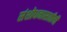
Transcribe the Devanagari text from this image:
संशोधनासाठीची